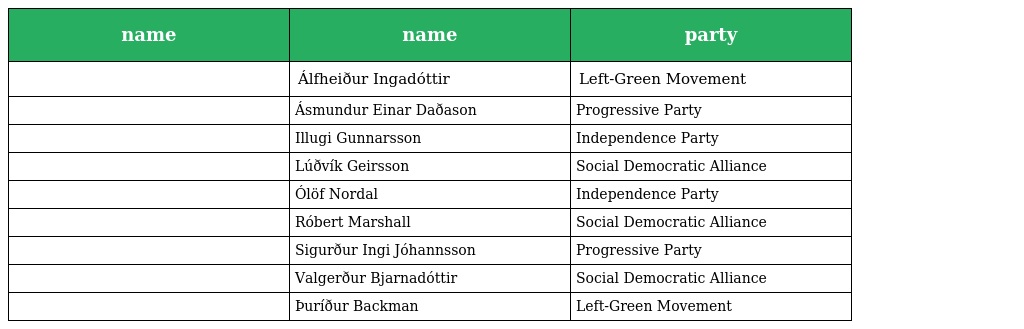
| name | name | party |
 | --- | --- | --- |
 |  | Álfheiður Ingadóttir | Left-Green Movement |
 |  | Ásmundur Einar Daðason | Progressive Party |
 |  | Illugi Gunnarsson | Independence Party |
 |  | Lúðvík Geirsson | Social Democratic Alliance |
 |  | Ólöf Nordal | Independence Party |
 |  | Róbert Marshall | Social Democratic Alliance |
 |  | Sigurður Ingi Jóhannsson | Progressive Party |
 |  | Valgerður Bjarnadóttir | Social Democratic Alliance |
 |  | Þuríður Backman | Left-Green Movement |